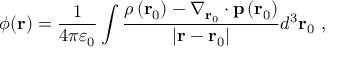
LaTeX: \phi ( \mathbf { r } ) = { \frac { 1 } { 4 \pi \varepsilon _ { 0 } } } \int { \frac { \rho \left( \mathbf { r } _ { 0 } \right) - \nabla _ { \mathbf { r } _ { 0 } } \cdot \mathbf { p } \left( \mathbf { r } _ { 0 } \right) } { \left| \mathbf { r } - \mathbf { r } _ { 0 } \right| } } d ^ { 3 } \mathbf { r } _ { 0 } \ ,